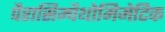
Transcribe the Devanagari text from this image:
पैरासिम्पैथोमिमेटिक